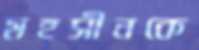
মহসীনকে